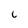
Character: C